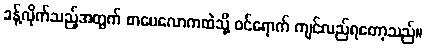
ခန့်လိုက်သည့်အတွက် စာပေလောကထဲသို့ ဝင်ရောက် ကျင်လည်ရတော့သည်။